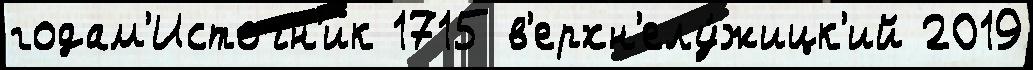
годам'Источн'ик 1715 в'ерхн'елу́жицк'ий 2019